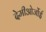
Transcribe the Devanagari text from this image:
देमीओर्जोई